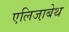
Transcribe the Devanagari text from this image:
एलिजा़बेथ